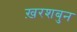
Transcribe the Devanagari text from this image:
ख़रशबुन